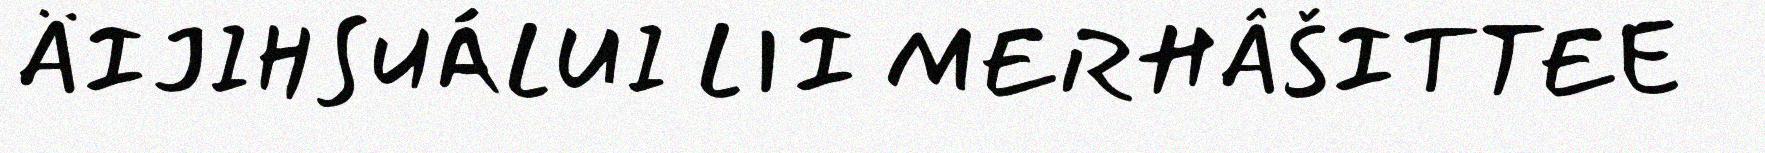
ÄIJIHSUÁLUI LII MERHÂŠITTEE